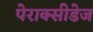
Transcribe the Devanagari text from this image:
पेराक्सीडेज